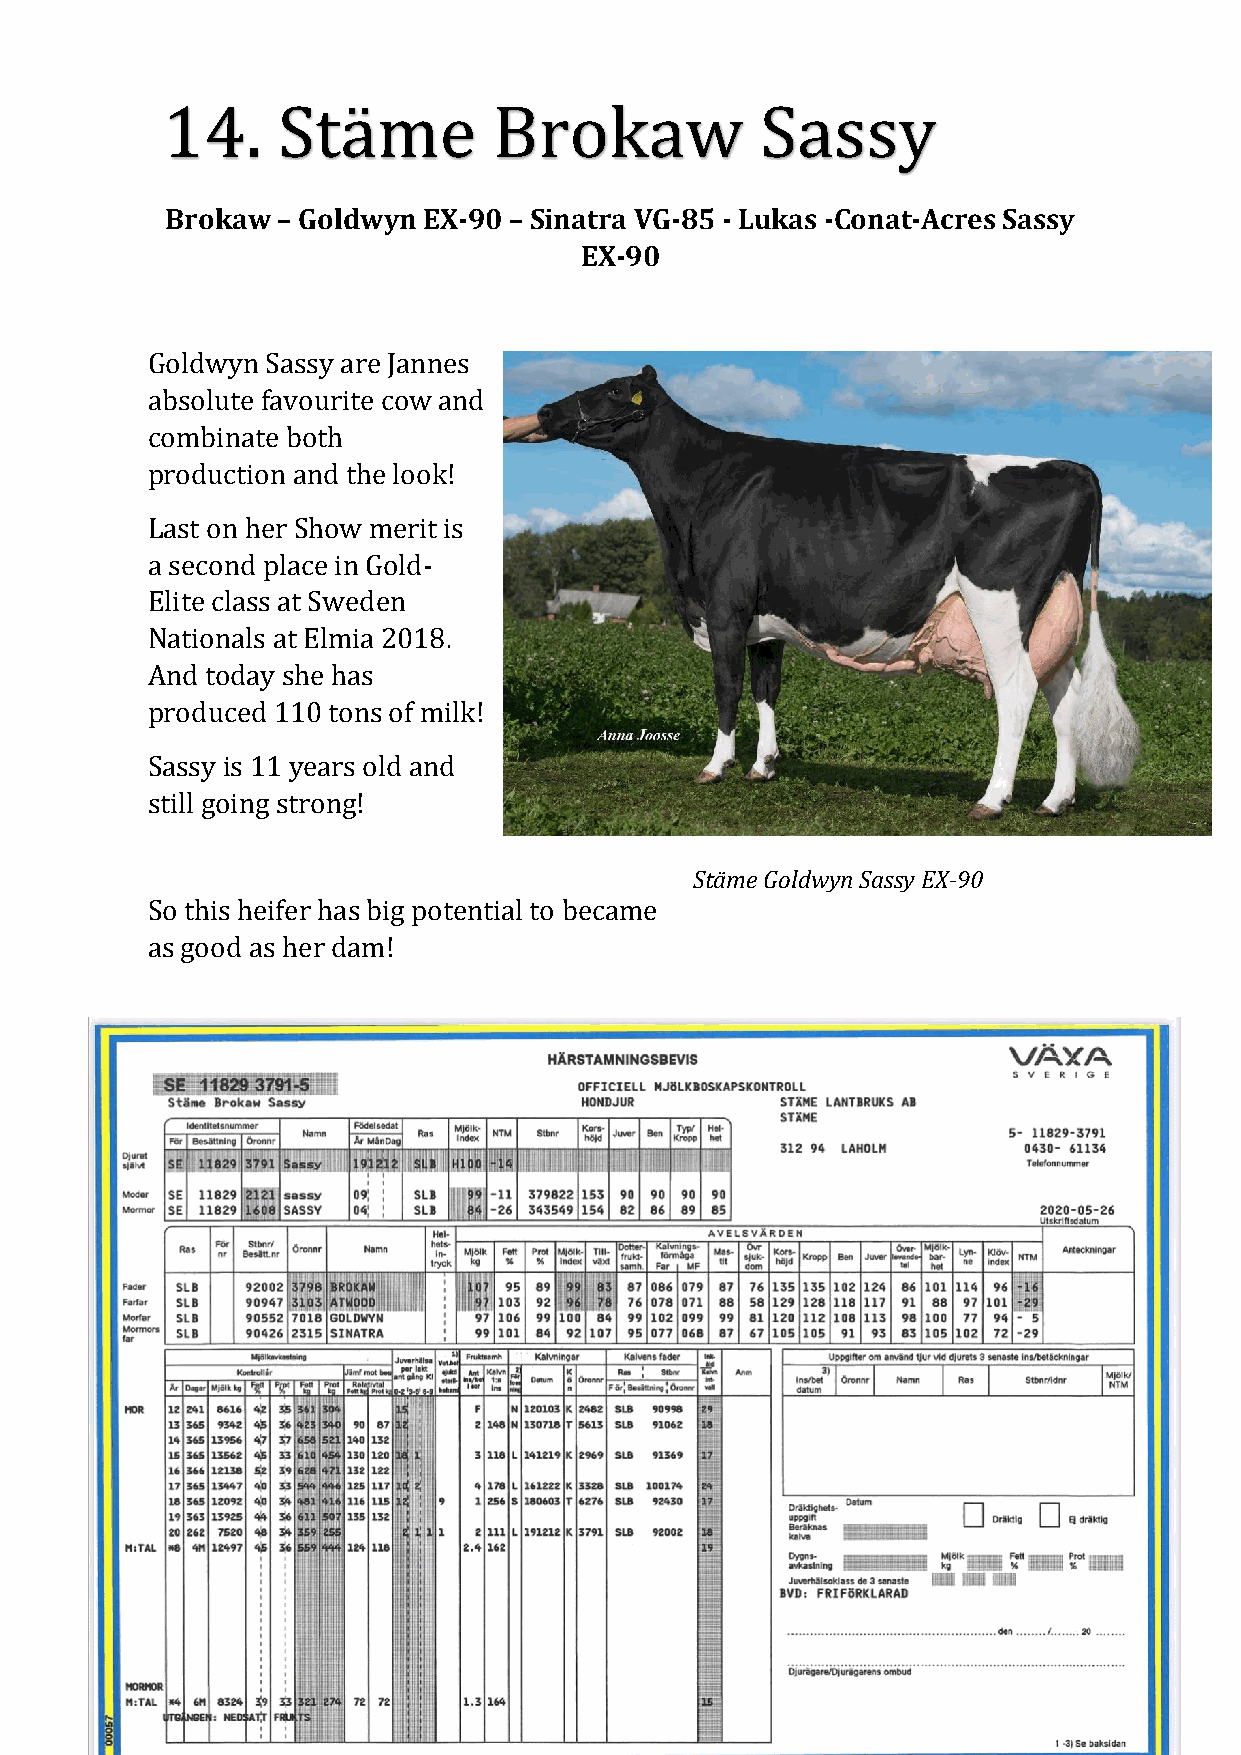
14.    Stäme          Brokaw           Sassy
 Brokaw – Goldwyn EX-90 – Sinatra VG-85 - Lukas -Conat-Acres Sassy
 EX-90
 Goldwyn Sassy are Jannes
 absolute favourite cow and
 combinate both
 production and the look!
 Last on her Show merit is
 a second place in Gold-
 Elite class at Sweden
 Nationals at Elmia 2018.
 And today she has
 produced 110 tons of milk!
 Sassy is 11 years old and
 still going strong!
 Stäme Goldwyn Sassy EX-90
 So this heifer has big potential to became
 as good as her dam!